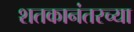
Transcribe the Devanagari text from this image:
शतकानंतरच्या